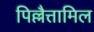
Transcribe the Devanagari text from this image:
पिल्लैत्तामिल